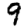
Digit: 9